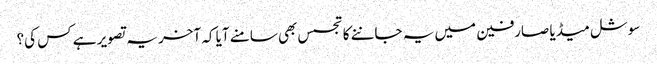
سوشل میڈیا صارفین میں یہ جاننے کا تجسس بھی سامنے آیا کہ آخر یہ تصویر ہے کس کی؟